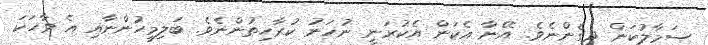
ސަމާލުކަން ދީގެންނެވެ. އޭނާ އެކަން އެކުރަނީ ނުހަނު ކުރާހިތުންނެވެ. ބަލިމީހުންނާއި އެ ވާހަކަ